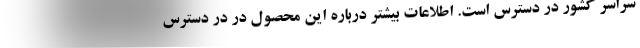
سراسر کشور در دسترس است. اطلاعات بیشتر درباره این محصول در در دسترس